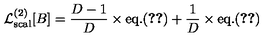
{ \cal L } _ { \mathrm { s c a l } } ^ { ( 2 ) } [ B ] = { \frac { D - 1 } { D } } \times \mathrm { e q . } ( \ref { G a m m a 2 s c a l } ) + { \frac { 1 } { D } } \times \mathrm { e q . } ( \ref { G a m m a 2 s c a l p I } )